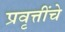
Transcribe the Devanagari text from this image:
प्रवृत्तींचे